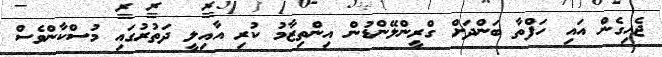
ޖެހިގެން އައި ހަފްތާ ބަންދަށް ގްރީންލޭންޑުން އިންތިޒާމު ކުރި އާއިލީ ދަތުރުގައި މުސްކާންވެސް